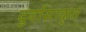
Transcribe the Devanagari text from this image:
दुर्वासाकृत